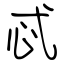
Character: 忒